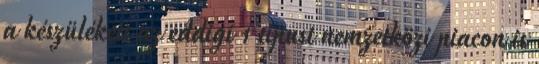
a készülékeit az eddigi 1 típust nemzetközi piacon is